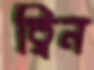
ত্বিন